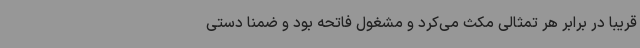
قریباً در برابر هر تمثالی مکث می‌کرد و مشغول فاتحه بود و ضمناً دستی